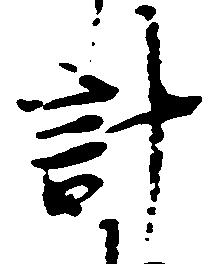
計